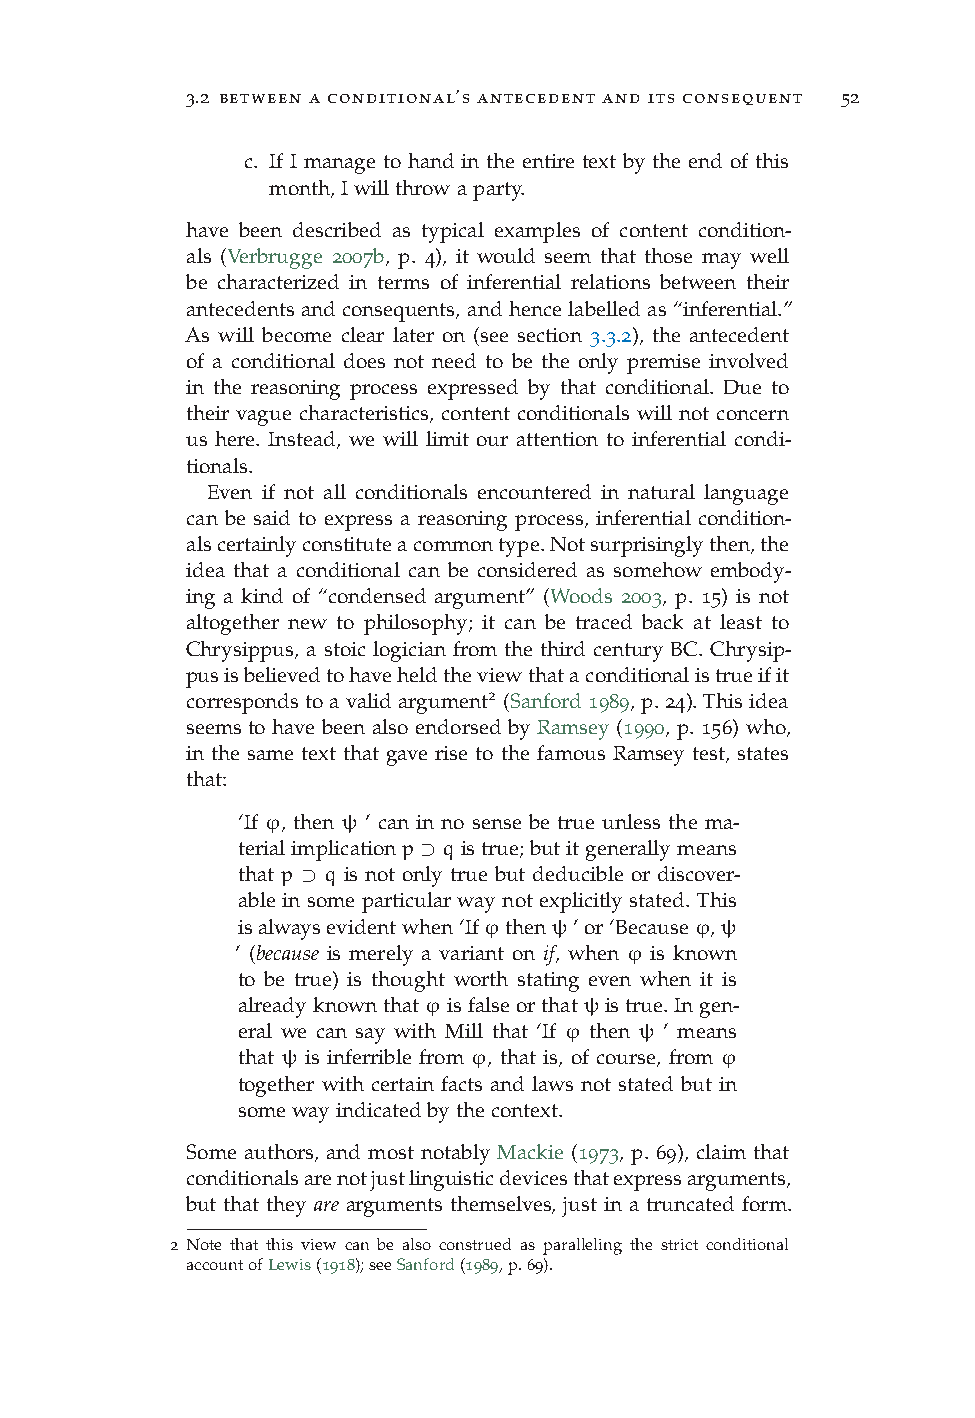
3.2 between a conditional’s antecedent and its consequent 52
 c. If I manage to hand in the entire text by the end of this
 month,Iwillthrowaparty.
 have been described as typical examples of content condition-
 als (Verbrugge 2007b, p. 4), it would seem that those may well
 be characterized in terms of inferential relations between their
 antecedents and consequents, and hence labelled as “inferential.”
 As will become clear later on (see section 3.3.2), the antecedent
 of a conditional does not need to be the only premise involved
 in the reasoning process expressed by that conditional. Due to
 their vague characteristics, content conditionals will not concern
 us here. Instead, we will limit our attention to inferential condi-
 tionals.
 Even if not all conditionals encountered in natural language
 can be said to express a reasoning process, inferential condition-
 alscertainlyconstituteacommontype.Notsurprisinglythen,the
 idea that a conditional can be considered as somehow embody-
 ing a kind of “condensed argument” (Woods 2003, p. 15) is not
 altogether new to philosophy; it can be traced back at least to
 Chrysippus, a stoic logician from the third century BC. Chrysip-
 pusisbelievedtohaveheldtheviewthataconditionalistrueifit
 correspondstoavalidargument2 (Sanford1989,p.24).Thisidea
 seems to have been also endorsed by Ramsey (1990, p. 156) who,
 in the same text that gave rise to the famous Ramsey test, states
 that:
 ‘If ϕ, then ψ ’ can in no sense be true unless the ma-
 terialimplicationp⊃qistrue;butitgenerallymeans
 that p ⊃ q is not only true but deducible or discover-
 able in some particular way not explicitly stated. This
 isalwaysevidentwhen‘Ifϕthenψ’or‘Becauseϕ,ψ
 ’ (because is merely a variant on if, when ϕ is known
 to be true) is thought worth stating even when it is
 alreadyknownthatϕisfalseorthatψistrue.Ingen-
 eral we can say with Mill that ‘If ϕ then ψ ’ means
 that ψ is inferrible from ϕ, that is, of course, from ϕ
 together with certain facts and laws not stated but in
 somewayindicatedbythecontext.
 Some authors, and most notably Mackie (1973, p. 69), claim that
 conditionalsarenotjustlinguisticdevicesthatexpressarguments,
 but that they are arguments themselves, just in a truncated form.
 2 Note that this view can be also construed as paralleling the strict conditional
 accountofLewis(1918);seeSanford(1989,p.69).